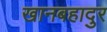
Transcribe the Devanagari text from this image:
खानबहादुर